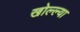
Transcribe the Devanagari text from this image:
खोल्ल्या